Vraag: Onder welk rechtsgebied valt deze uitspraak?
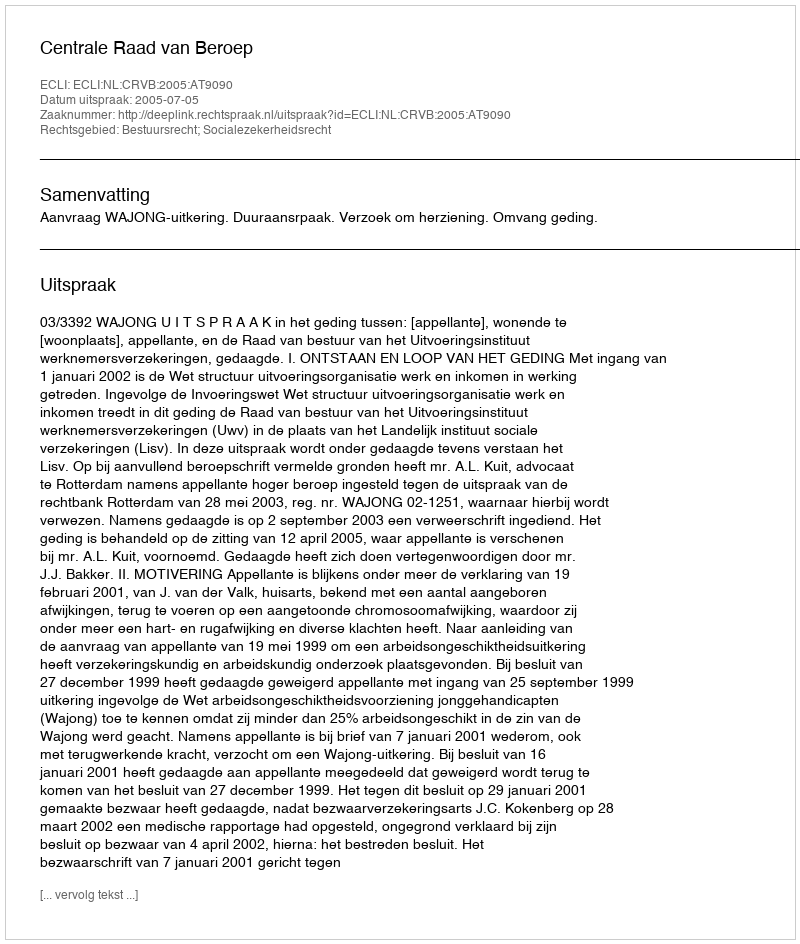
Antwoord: Bestuursrecht; Socialezekerheidsrecht